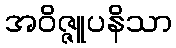
အဝိဇ္ဇူပနိသာ